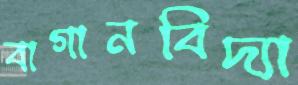
বাগানবিদ্যা